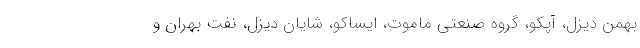
بهمن دیزل، آپکو، گروه صنعتی ماموت، ایساکو، شایان دیزل، نفت بهران و